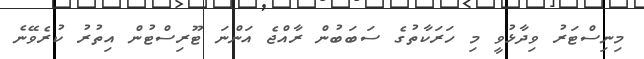
މިނިސްޓަރު ވިދާޅުވީ މި ހަރަކާތުގެ ސަބަބުން ރާއްޖެ އަންނަ ޓޫރިސްޓުން އިތުރު ކުރެވޭނެ